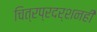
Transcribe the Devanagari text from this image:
चित्रप्रदर्शनही